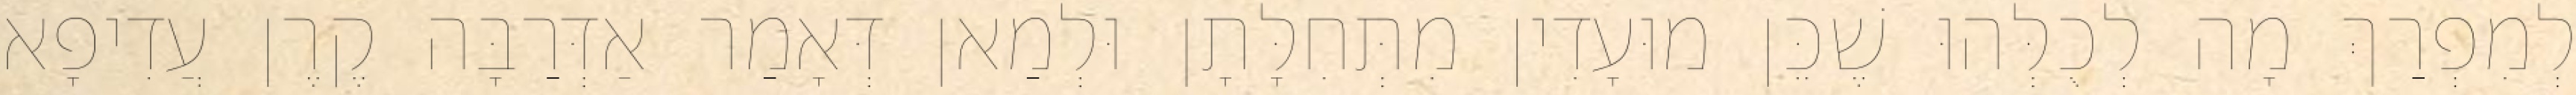
לְמִפְרַךְ מָה לְכֻלְּהוּ שֶׁכֵּן מוּעָדִין מִתְּחִלָּתָן וּלְמַאן דְּאָמַר אַדְּרַבָּה קֶרֶן עֲדִיפָא